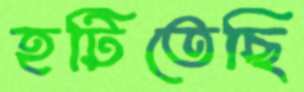
হটিতেছি